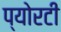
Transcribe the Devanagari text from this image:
प्योरटी